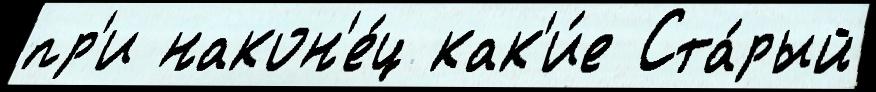
пр'и након'е́ц как'и́е Ста́рый